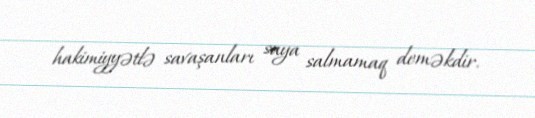
hakimiyyətlə savaşanları saya salmamaq deməkdir.